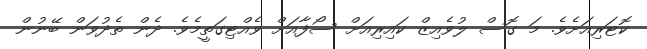
ކޮޓަރިއަށެވެ. މަ ގޮސް ލުވެއިޒް ކައިރިއަށް ސޯފާއަށް ވެއްޓިގަތީމެވެ. ދެން ތެދުވަން ބޭނުން